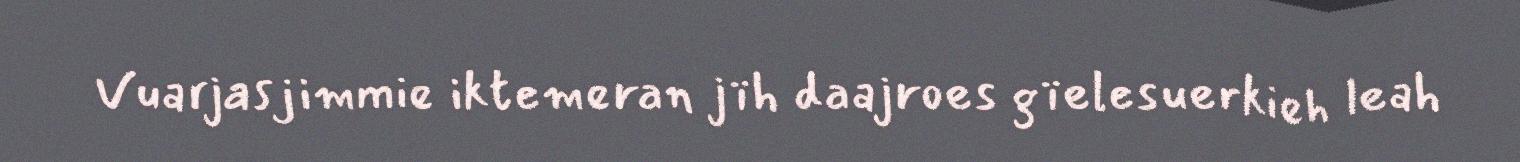
Vuarjasjimmie iktemeran jïh daajroes gïelesuerkieh leah